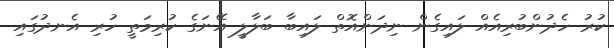
ކުރު ހެދުންބުރިއެއް ލައިގެން ނިދަންއޮތް ލައިބާ ބަލާލީ އޭނަގެ ކުރިމަތީ ހުރި އެނދުގައި